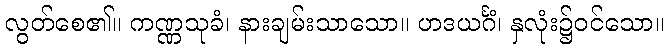
လွတ်စေ၏။ ကဏ္ဏသုခံ၊ နားချမ်းသာသော။ ဟဒယင်္ဂံ၊ နှလုံး၌ဝင်သော။